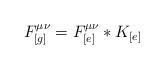
LaTeX: \begin{align*}F_{[g]}^{\mu\nu} = F_{[e]}^{\mu\nu} * K_{[e]}\end{align*}